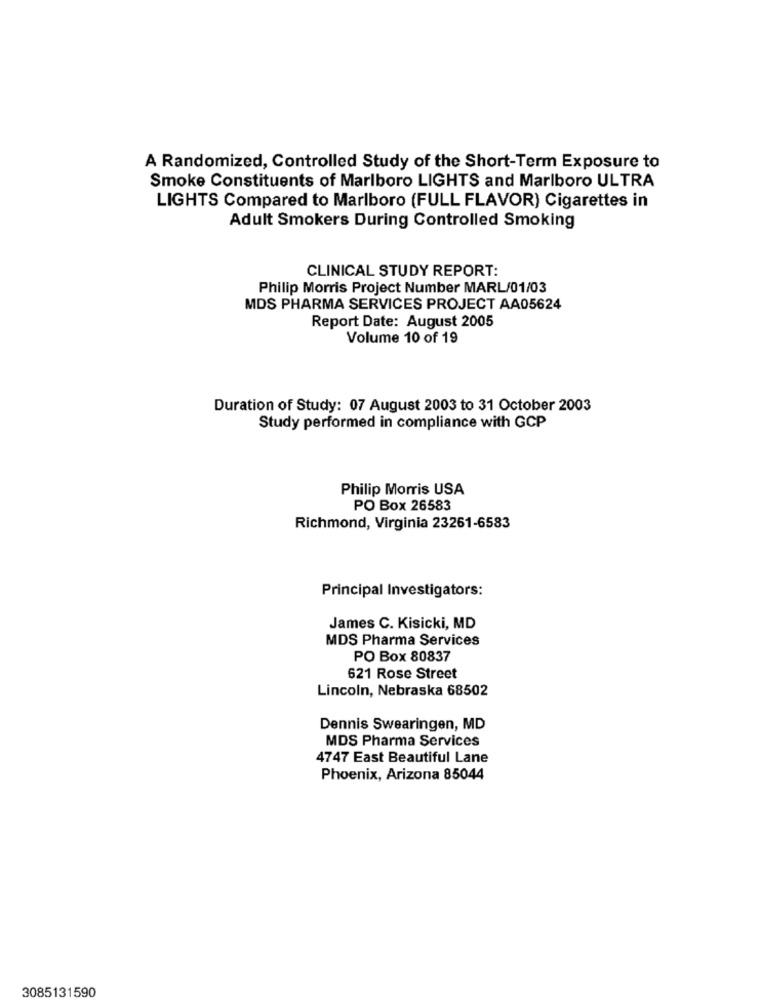
A Randomized, Controlled Study of the Short-Term Exposure to
Smoke Constituents of Marlboro LIGHTS and Marlboro ULTRA
LIGHTS Compared to Marlboro (FULL FLAVOR) Cigarettes in
Adult Smokers During Controlled Smoking
CLINICAL STUDY REPORT:
Philip Morris Project Number MARL/01/03
MDS PHARMA SERVICES PROJECT AA05624
Report Date: August 2005
Volume 10 of 19
Duration of Study: 07 August 2003 to 31 October 2003
Study performed in compliance with GCP
Philip Morris USA
PO Box 26583
Richmond, Virginia 23261-6583
Principal Investigators:
James C. Kisicki, MD
MDS Pharma Services
PO Box 80837
621 Rose Street
Lincoln, Nebraska 68502
Dennis Swearingen, MD
MDS Pharma Services
4747 East Beautiful Lane
Phoenix, Arizona 85044
3085131590